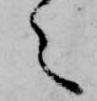
々